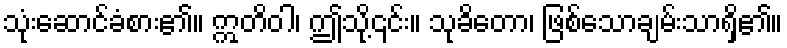
သုံးဆောင်ခံစား၏။ ဣတိဝါ၊ ဤသို့၎င်း။ သုခိတော၊ ဖြစ်သောချမ်းသာရှိ၏။